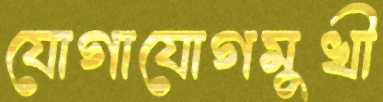
যোগাযোগমুখী